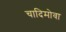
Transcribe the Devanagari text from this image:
चादिमोवा